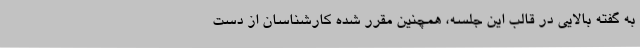
به گفته بالایی در قالب این جلسه، همچنین مقرر شده کارشناسان از دست